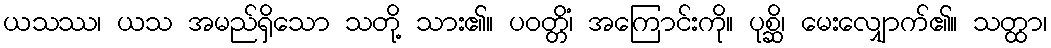
ယသဿ၊ ယသ အမည်ရှိသော သတို့ သား၏။ ပဝတ္တိံ၊ အကြောင်းကို။ ပုစ္ဆိ၊ မေးလျှောက်၏။ သတ္ထာ၊